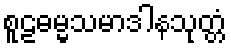
စူဠဓမ္မသမာဒါနသုတ္တံ